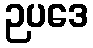
ဉပဒေ